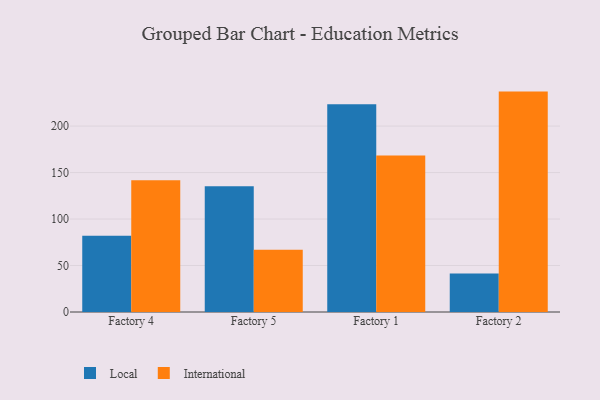
{"axis": {"x": "Factory", "y": "Tickets Resolved"}, "legend": ["International", "Local"], "data": [{"x": "Factory 4", "y": 82.1, "type": "Local"}, {"x": "Factory 4", "y": 141.8, "type": "International"}, {"x": "Factory 5", "y": 135.4, "type": "Local"}, {"x": "Factory 5", "y": 66.9, "type": "International"}, {"x": "Factory 1", "y": 223.4, "type": "Local"}, {"x": "Factory 1", "y": 168.3, "type": "International"}, {"x": "Factory 2", "y": 41.3, "type": "Local"}, {"x": "Factory 2", "y": 237.1, "type": "International"}]}